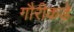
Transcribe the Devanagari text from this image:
गौरीकडे